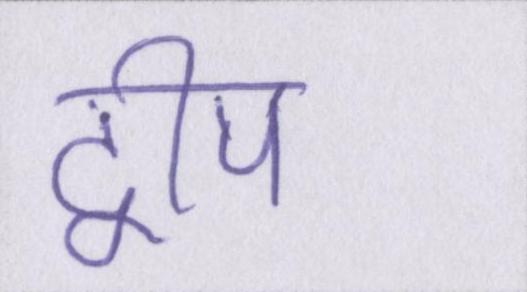
द्वीप